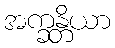
အက္ခန္တိယာ